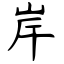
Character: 岸